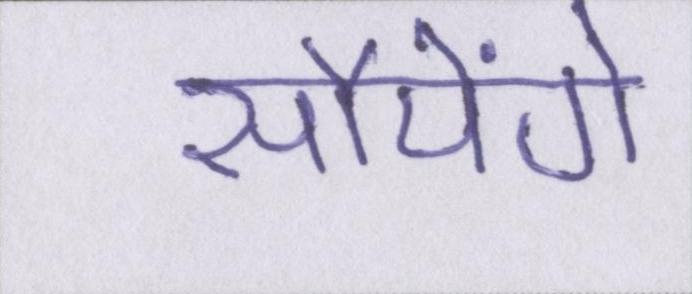
सौपेंगे